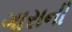
ગારાની